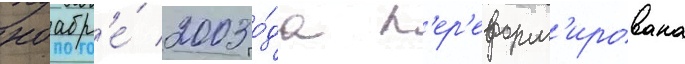
ноабр'е́ 2003 го́да п'ер'еформ'ирована